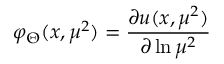
\varphi _ { \Theta } ( x , \mu ^ { 2 } ) = \frac { \partial u ( x , \mu ^ { 2 } ) } { \partial \ln \mu ^ { 2 } }